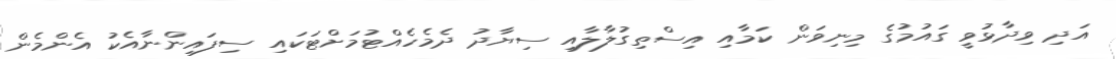
އަދި ވިދާޅުވީ ގައުމުގެ މިނިވަން ކަމާއި އިސްތިގުލާލާއި ސިޔާދު ދެމެހެއްޓުމަށްޓަކައި ސިފައިންނާއެކު އެންމެން